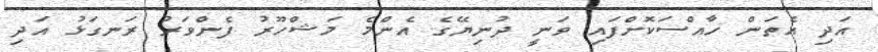
އަދި އެތަން ހާއްސަކޮށްފައި ވަނީ ދުނިޔޭގެ އެންމެ މަޝްހޫރު ފެންވަރު ރަނގަޅު އަދި